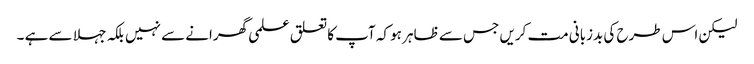
لیکن اس طرح کی بدزبانی مت کریں جس سے ظاہر ہو کہ آپ کا تعلق علمی گھرانے سے نہیں بلکہ جہلا سے ہے ۔